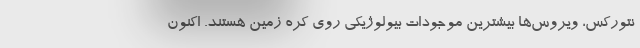
نتورکس، ویروس‌ها بیشترین موجودات بیولوژیکی روی کره زمین هستند. اکنون